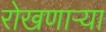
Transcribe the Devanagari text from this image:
रोखणाऱ्या